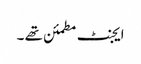
ایجنٹ مطمئن تھے ۔